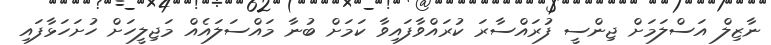
ނާޒިލް އަސްލަމަށް ޖިންސީ ފުރައްސާރަ ކުރައްވާފައިވާ ކަމަށް ބުނާ މައްސަލައެއް މަޖިލީހަށް ހުށަހަޅާފައި